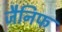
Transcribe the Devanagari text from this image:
जैनिफ